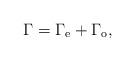
LaTeX: \begin{align*}\Gamma = \Gamma_{\rm e} + \Gamma_{\rm o} ,\end{align*}